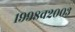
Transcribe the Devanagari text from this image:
१९९८व२००३